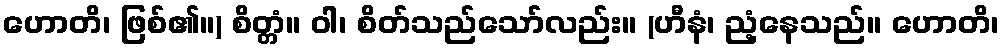
ဟောတိ၊ ဖြစ်၏။) စိတ္တံ။ ဝါ၊ စိတ်သည်သော်လည်း။ (ဟီနံ၊ ညံ့နေသည်။ ဟောတိ၊